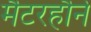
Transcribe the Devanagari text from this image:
मैटरहौर्न